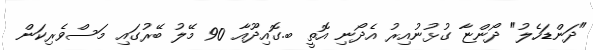
"ދަންޑަހެލު" ދޯންޏާ ގުޅުނުއިރު އެދޯނި އޮތީ ބ.ގޮއިދޫއާ 90 މޭލު ބޭރުގައި މަސްވެރިކަން